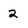
Character: 2